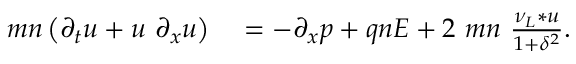
\begin{array} { r l } { m n \left( \partial _ { t } u + u ~ \partial _ { x } u \right) } & { { } = - \partial _ { x } p + q n E + 2 ~ m n ~ \frac { \nu _ { L } * u } { 1 + \delta ^ { 2 } } . } \end{array}